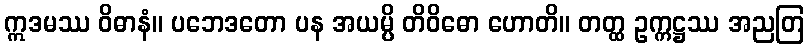
ဣဒမဿ ဝိဓာနံ။ ပဘေဒတော ပန အယမ္ပိ တိဝိဓော ဟောတိ။ တတ္ထ ဥက္ကဋ္ဌဿ အညတြ